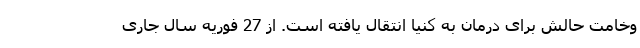
وخامت حالش برای درمان به کنیا انتقال یافته است. از 27 فوریه سال جاری